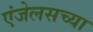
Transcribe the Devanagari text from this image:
एंजेलसच्या